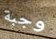
وجبة